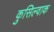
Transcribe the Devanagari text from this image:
कुसिल्वाक